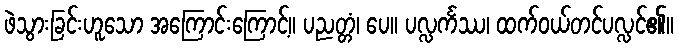
ဖဲသွားခြင်းဟူသော အကြောင်းကြောင့်။ ပညတ္တံ၊ ပေ။ ပလ္လင်္ကဿ၊ ထက်ဝယ်တင်ပလ္လင်၏။